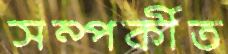
সম্পর্কীত